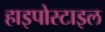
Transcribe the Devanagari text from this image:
हाइपोस्टाइल